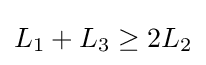
L_{\text{1}}+L_{\text{3}}\geq 2L_{\text{2}}